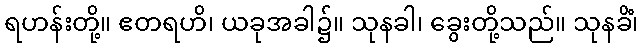
ရဟန်းတို့။ ဧတရဟိ၊ ယခုအခါ၌။ သုနခါ၊ ခွေးတို့သည်။ သုနခိံ၊